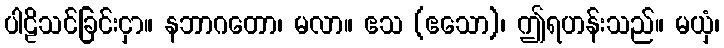
ပါဠိသင်ခြင်းငှာ။ နဘာဂတော၊ မလာ။ ဧသ (ဧသော)၊ ဤရဟန်းသည်။ မယှံ၊